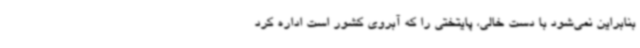
بنابراین نمی‌شود با دست خالی، پایتختی را که آبروی کشور است اداره کرد